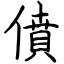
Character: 僨